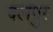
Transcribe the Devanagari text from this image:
दलपुर